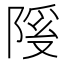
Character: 𫕊